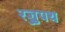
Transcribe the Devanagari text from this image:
रज्जुपथ